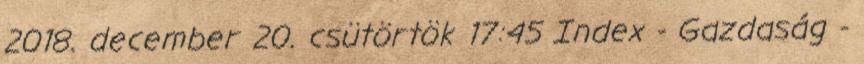
2018. december 20. csütörtök 17:45 Index - Gazdaság -